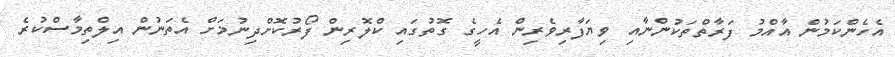
އެހެންކަމުން އާއްމު ފަރާތްތަކުންނާއި ވިޔަފާރިވެރިން އެހީގެ ގޮތުގައި ކްލޮރިން ފޯރުކޮށްދިނުމަށް އެތަނުން އިލްތިމާސްކުރެ